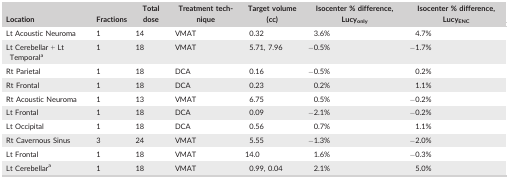
<table><thead><tr><td><b>Location</b></td><td><b>Fractions</b></td><td><b>Total dose</b></td><td><b>Treatment technique</b></td><td><b>Target volume (cc)</b></td><td><b>Isocenter % difference, Lucy<sub>only</sub></b></td><td><b>Isocenter % difference, Lucy<sub>ENC</sub></b></td></tr></thead><tbody><tr><td>Lt Acoustic Neuroma</td><td>1</td><td>14</td><td>VMAT</td><td>0.32</td><td>3.6%</td><td>4.7%</td></tr><tr><td>Lt Cerebellar + Lt Temporala</td><td>1</td><td>18</td><td>VMAT</td><td>5.71, 7.96</td><td>−0.5%</td><td>−1.7%</td></tr><tr><td>Rt Parietal</td><td>1</td><td>18</td><td>DCA</td><td>0.16</td><td>−0.5%</td><td>0.2%</td></tr><tr><td>Rt Frontal</td><td>1</td><td>18</td><td>DCA</td><td>0.23</td><td>0.2%</td><td>1.1%</td></tr><tr><td>Rt Acoustic Neuroma</td><td>1</td><td>13</td><td>VMAT</td><td>6.75</td><td>0.5%</td><td>−0.2%</td></tr><tr><td>Lt Frontal</td><td>1</td><td>18</td><td>DCA</td><td>0.09</td><td>−2.1%</td><td>−0.2%</td></tr><tr><td>Lt Occipital</td><td>1</td><td>18</td><td>DCA</td><td>0.56</td><td>0.7%</td><td>1.1%</td></tr><tr><td>Rt Cavernous Sinus</td><td>3</td><td>24</td><td>VMAT</td><td>5.55</td><td>−1.3%</td><td>−2.0%</td></tr><tr><td>Lt Frontal</td><td>1</td><td>18</td><td>VMAT</td><td>14.0</td><td>1.6%</td><td>−0.3%</td></tr><tr><td>Lt Cerebellara</td><td>1</td><td>18</td><td>VMAT</td><td>0.99, 0.04</td><td>2.1%</td><td>5.0%</td></tr></tbody></table>